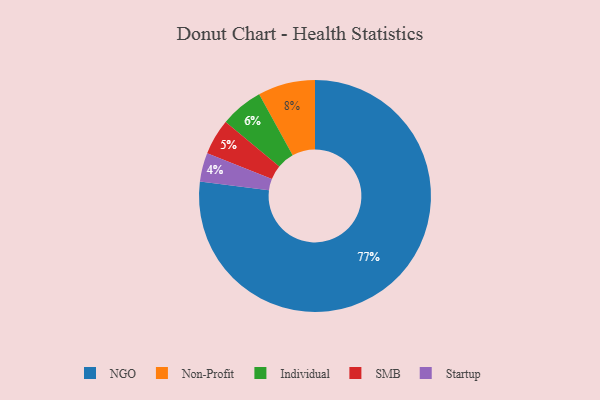
{"axis": {"x": "Category", "y": "Percentage"}, "legend": ["Individual", "NGO", "Non-Profit", "SMB", "Startup"], "data": [{"x": "SMB", "y": 5, "type": "SMB"}, {"x": "NGO", "y": 77, "type": "NGO"}, {"x": "Startup", "y": 4, "type": "Startup"}, {"x": "Individual", "y": 6, "type": "Individual"}, {"x": "Non-Profit", "y": 8, "type": "Non-Profit"}]}